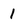
Character: 1